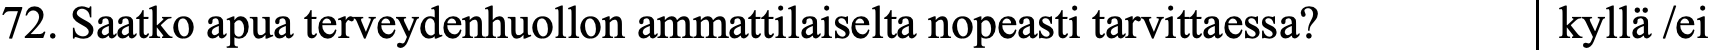
72. Saatko apua terveydenhuollon ammattilaiselta nopeasti tarvittaessa? kyllä /ei